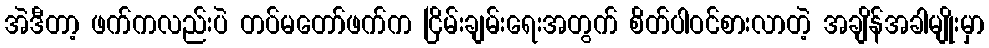
အဲဒီတာ့ ဖက်ကလည်းပဲ တပ်မတော်ဖက်က ငြိမ်းချမ်းရေးအတွက် စိတ်ပါဝင်စားလာတဲ့ အချိန်အခါမျိုးမှာ